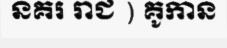
នគរ រាជ ) គូកាន